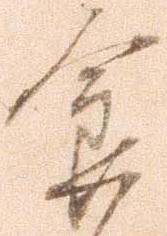
食